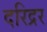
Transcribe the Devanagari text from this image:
दरिद्रर